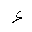
Letter: _hamza